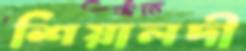
শিয়ালদী